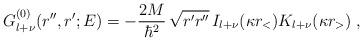
LaTeX: \begin{align*}G^{(0)}_{l+\nu} (r'',r';E) = -\frac{2M}{\hbar^{2}} \,\sqrt{ r'r''} \,I_{l+\nu}( \kappa r_{<} ) K_{l+ \nu} (\kappa r_{>} )\; ,\end{align*}